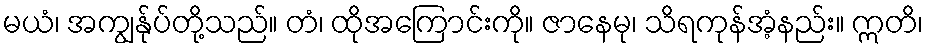
မယံ၊ အကျွန်ုပ်တို့သည်။ တံ၊ ထိုအကြောင်းကို။ ဇာနေမု၊ သိရကုန်အံ့နည်း။ ဣတိ၊